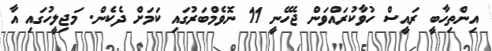
އިންތިހާބީ ރައީސް ހުވާކުރައްވަން ޖެހޭނީ 11 ނޮވެމްބަރުގައި ކަމަށް ދެކެން. މަޖިލީހުގައި އާ